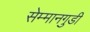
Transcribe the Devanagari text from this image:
सेम्मानगुडी